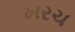
ખરચ